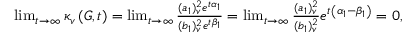
\begin{array} { r l } & { \operatorname* { l i m } _ { t \rightarrow \infty } \kappa _ { v } \left( G , t \right) = \operatorname* { l i m } _ { t \rightarrow \infty } \frac { ( a _ { 1 } ) _ { v } ^ { 2 } e ^ { t \alpha _ { 1 } } } { ( b _ { 1 } ) _ { v } ^ { 2 } e ^ { t \beta _ { 1 } } } = \operatorname* { l i m } _ { t \rightarrow \infty } \frac { ( a _ { 1 } ) _ { v } ^ { 2 } } { ( b _ { 1 } ) _ { v } ^ { 2 } } e ^ { t \left( \alpha _ { 1 } - \beta _ { 1 } \right) } = 0 , } \end{array}